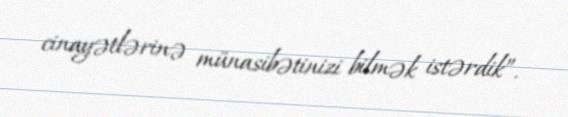
cinayətlərinə münasibətinizi bilmək istərdik”.